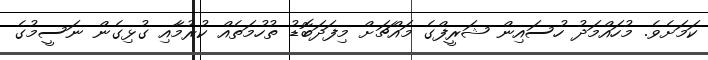
ކަމަށެވެ. މުހައްމަދު ހުސައިން ޝަރީފްގެ މައްޗަށް މިފަދަބޮޑު ތުހުމަތެއް ކުރުމާއި ގުޅިގެން ނަސީމުގެ